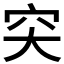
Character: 𥤮